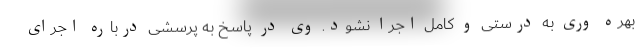
بهره وری به درستی و کامل اجرا نشود. وی در پاسخ به پرسشی درباره اجرای